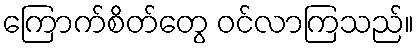
ကြောက်စိတ်တွေ ဝင်လာကြသည်။